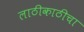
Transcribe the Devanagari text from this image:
लाठीकाठीचा